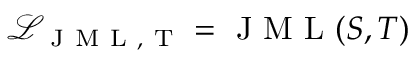
\mathcal { L } _ { \mathrm { ~ J ~ M ~ L ~ , ~ T ~ } } = \mathrm { ~ J ~ M ~ L ~ } ( S , T )